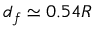
d _ { f } \simeq 0 . 5 4 R